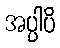
အပ္ပါပိ